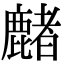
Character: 𪋑